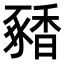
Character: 𬳝